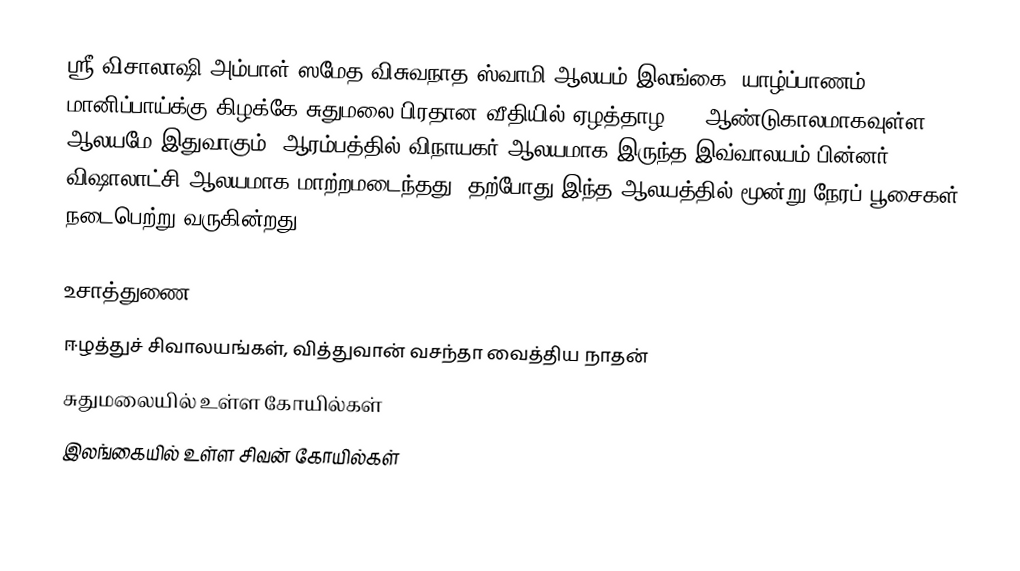
ஸ்ரீ விசாலாஷி அம்பாள் ஸமேத விசுவநாத ஸ்வாமி ஆலயம் இலங்கை, யாழ்ப்பாணம் மானிப்பாய்க்கு கிழக்கே சுதுமலை பிரதான வீதியில் ஏழத்தாழ 300 ஆண்டுகாலமாகவுள்ள ஆலயமே இதுவாகும். ஆரம்பத்தில் விநாயகர் ஆலயமாக இருந்த இவ்வாலயம் பின்னர் விஷாலாட்சி ஆலயமாக மாற்றமடைந்தது. தற்போது இந்த ஆலயத்தில் மூன்று நேரப் பூசைகள் நடைபெற்று வருகின்றது.

உசாத்துணை
ஈழத்துச் சிவாலயங்கள், வித்துவான் வசந்தா வைத்திய நாதன்
சுதுமலையில் உள்ள கோயில்கள்
இலங்கையில் உள்ள சிவன் கோயில்கள்